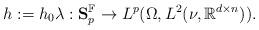
LaTeX: \begin{align*}h:=h_0 \lambda:\mathbf S^{\mathbb F}_p\rightarrow L^p(\Omega, L^2(\nu,\mathbb R^{d\times n})).\end{align*}